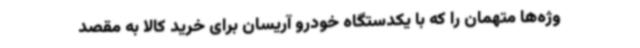
وژه‌ها متهمان را که با یکدستگاه خودرو آریسان برای خرید کالا به مقصد